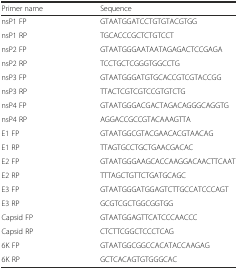
| Primer name | Sequence |
 | --- | --- |
 | nsP1 FP | GTAATGGATCCTGTGTACGTGG |
 | nsP1 RP | TGCACCCGCTCTGTCCT |
 | nsP2 FP | GTAATGGGAATAATAGAGACTCCGAGA |
 | nsP2 RP | TCCTGCTCGGGTGGCCTG |
 | nsP3 FP | GTAATGGGATGTGCACCGTCGTACCGG |
 | nsP3 RP | TTACTCGTCGTCCGTGTCTG |
 | nsP4 FP | GTAATGGGACGACTAGACAGGGCAGGTG |
 | nsP4 RP | AGGACCGCCGTACAAAGTTA |
 | E1 FP | GTAATGGCGTACGAACACGTAACAG |
 | E1 RP | TTAGTGCCTGCTGAACGACAC |
 | E2 FP | GTAATGGGAAGCACCAAGGACAACTTCAAT |
 | E2 RP | TTTAGCTGTTCTGATGCAGC |
 | E3 FP | GTAATGGGATGGAGTCTTGCCATCCCAGT |
 | E3 RP | GCGTCGCTGGCGGTGG |
 | Capsid FP | GTAATGGAGTTCATCCCAACCC |
 | Capsid RP | CTCTTCGGCTCCCTCAG |
 | 6K FP | GTAATGGCGGCCACATACCAAGAG |
 | 6K RP | GCTCACAGTGTGGGCAC |